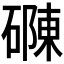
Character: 𮁂